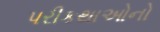
પરીકથાઓનો